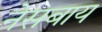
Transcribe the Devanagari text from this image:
नेसबाय